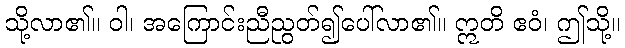
သို့လာ၏။ ဝါ၊ အကြောင်းညီညွတ်၍ပေါ်လာ၏။ ဣတိ ဧဝံ၊ ဤသို့။